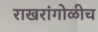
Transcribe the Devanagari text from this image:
राखरांगोळीच